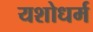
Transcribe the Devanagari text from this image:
यशोधर्म